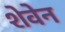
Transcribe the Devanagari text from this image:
शेवेन